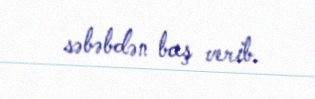
səbəbdən baş verib.